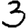
Digit: 3